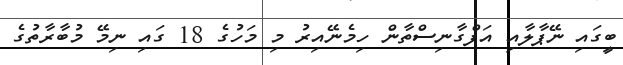
ބީގައި ނޭޕާލާއި އަފްގާނިސްތާން ހިމެނޭއިރު މި މަހުގެ 18 ގައި ނިމޭ މުބާރާތުގެ